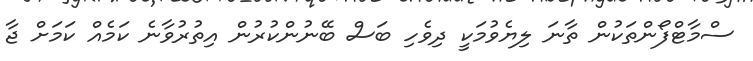
ސްމާޓްފޯންތަކުން ތާނަ ލިޔެވުމަކީ ދިވެހި ބަސް ބޭނުންކުރުން އިތުރުވާނެ ކަމެއް ކަމަށް ޖާ